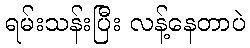
ရမ်းသန်းပြီး လန့်နေတာပဲ